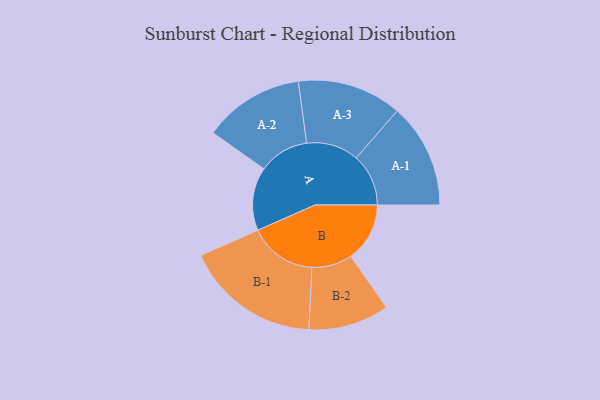
{"axis": {"x": "Segment", "y": "Value"}, "legend": ["", "A", "B"], "data": [{"x": "A", "y": 191, "type": ""}, {"x": "B", "y": 178, "type": ""}, {"x": "A-1", "y": 158, "type": "A"}, {"x": "A-2", "y": 152, "type": "A"}, {"x": "A-3", "y": 158, "type": "A"}, {"x": "B-1", "y": 205, "type": "B"}, {"x": "B-2", "y": 122, "type": "B"}]}